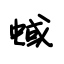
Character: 蜮